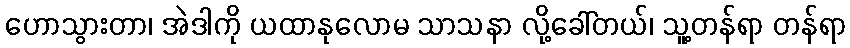
ဟောသွားတာ၊ အဲဒါကို ယထာနုလောမ သာသနာ လို့ခေါ်တယ်၊ သူ့တန်ရာ တန်ရာ